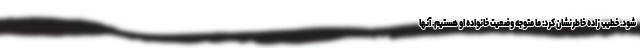
شود. خطیب زاده خاطرنشان کرد: ما متوجه وضعیت خانواده او هستیم. آنها